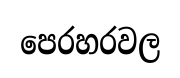
පෙරහරවල